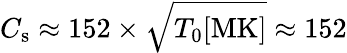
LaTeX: C_{\mathrm{s}}\approx 152\times\sqrt{T_{0}[\mathrm{MK}]}\approx 152